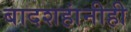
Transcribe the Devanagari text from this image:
बादशहांनीही